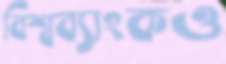
বিশ্বব্যাংকও